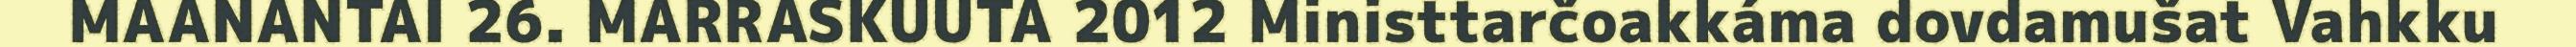
MAANANTAI 26. MARRASKUUTA 2012 Ministtarčoakkáma dovdamušat Vahkku